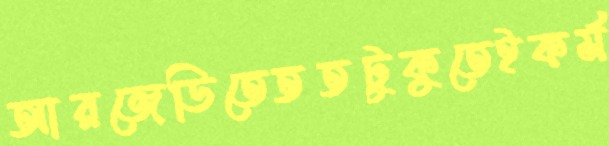
আরজেডিতেততটুকুতেইকর্ম